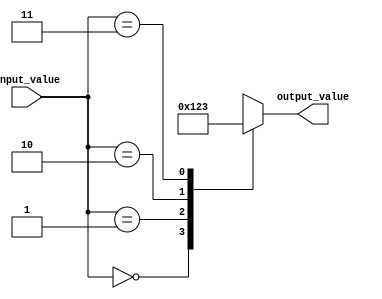
module full_case_statement (
    input [1:0] input_value,
    output reg [3:0] output_value
);

always @*begin
    case(input_value)
        2'b00: output_value = 4'b0000; // if input_value is 00, output_value is 0000
        2'b01: output_value = 4'b0001; // if input_value is 01, output_value is 0001
        2'b10: output_value = 4'b0010; // if input_value is 10, output_value is 0010
        2'b11: output_value = 4'b0011; // if input_value is 11, output_value is 0011
        default: output_value = 4'bxxxx; // default case
    endcase
end

endmodule